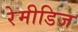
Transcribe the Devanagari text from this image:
रेमीडिज